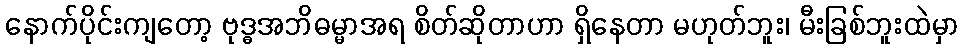
နောက်ပိုင်းကျတော့ ဗုဒ္ဓအဘိဓမ္မာအရ စိတ်ဆိုတာဟာ ရှိနေတာ မဟုတ်ဘူး၊ မီးခြစ်ဘူးထဲမှာ